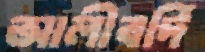
আলীবর্দি